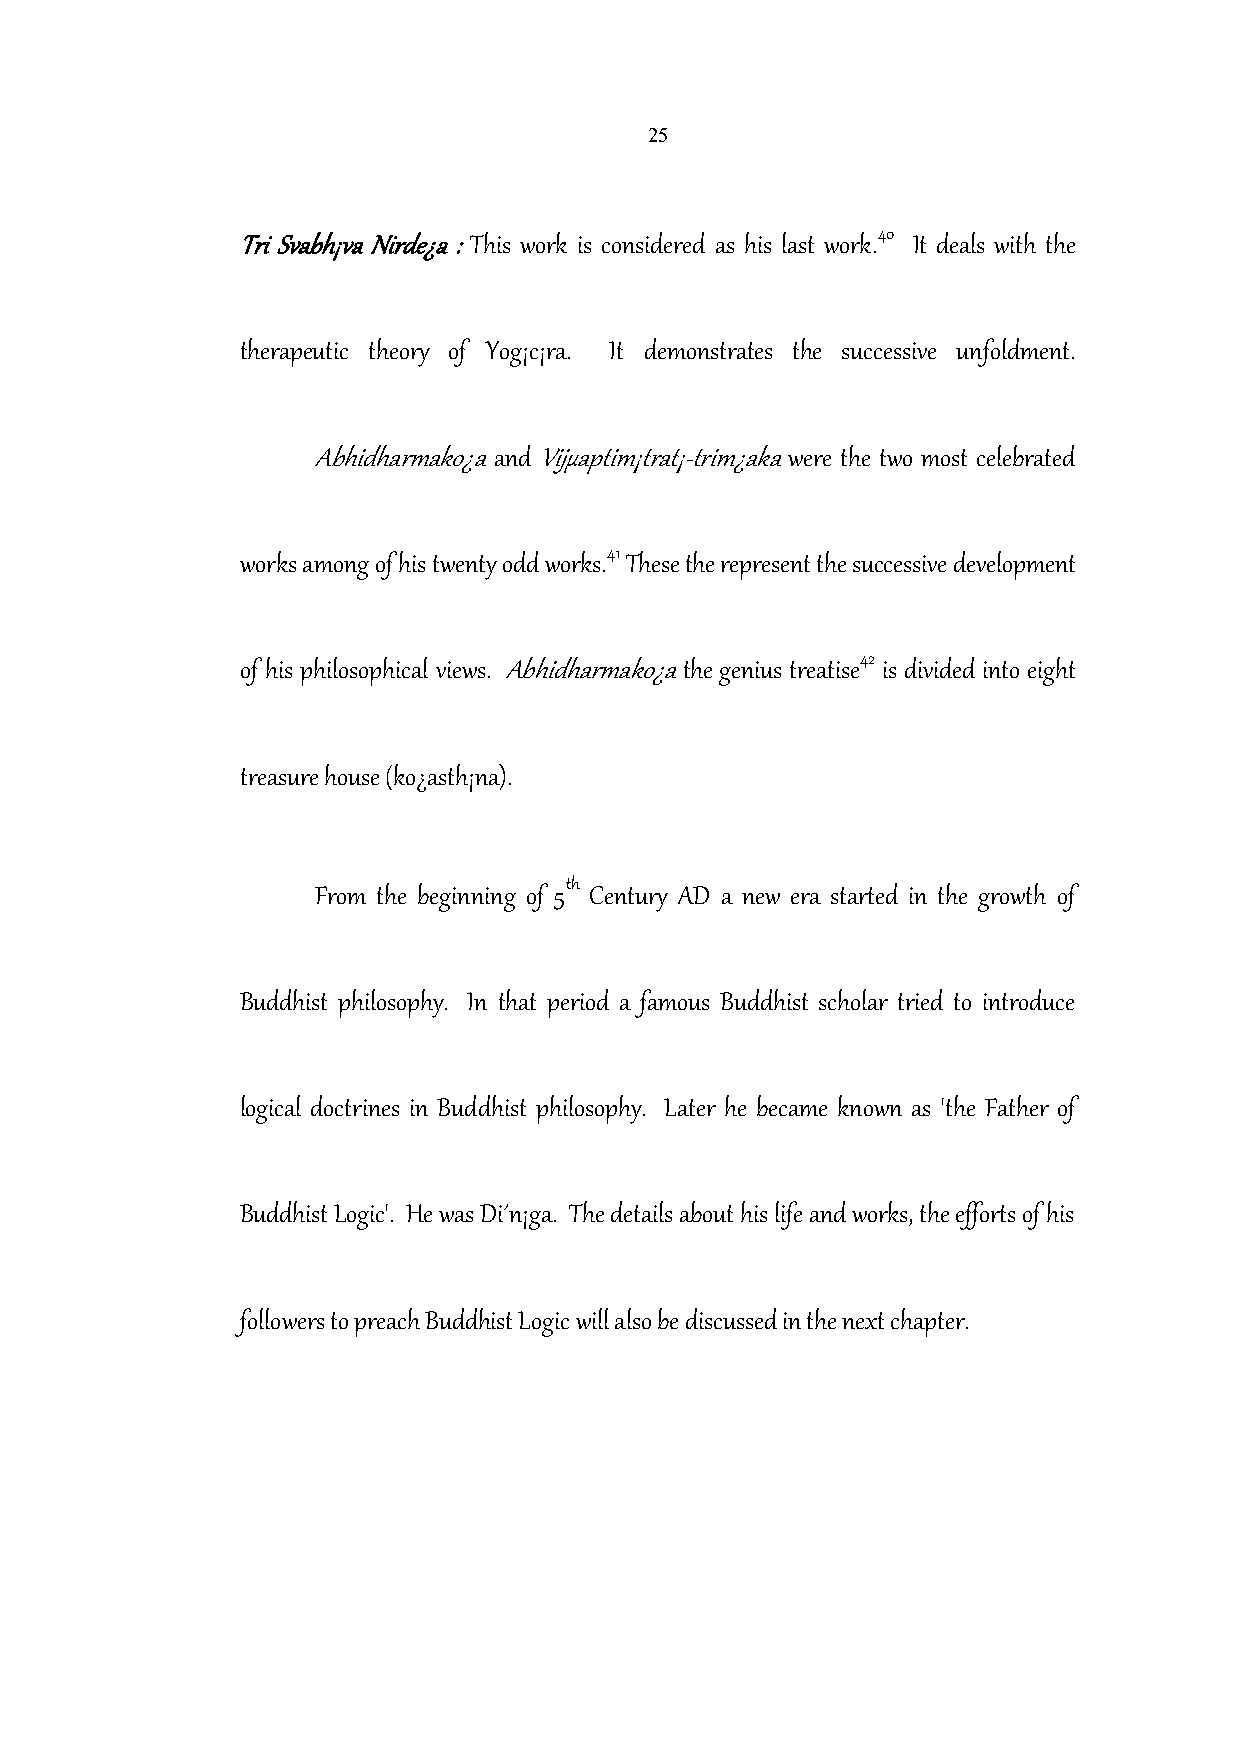
25
 40
 Tri Svabh¡va Nirde¿a :This work is considered as his last work. It deals with the
 therapeutic theory of Yog¡c¡ra. It demonstrates the successive unfoldment.
 Abhidharmako¿aandVijµaptim¡trat¡-trim¿akawere the two most celebrated
 41
 works among of his twenty odd works. These the represent the successive development
 42
 of his philosophical views. Abhidharmako¿athe genius treatise is divided into eight
 treasure house (ko¿asth¡na).
 th
 From the beginning of 5 Century AD a new era started in the growth of
 Buddhist philosophy. In that period a famous Buddhist scholar tried to introduce
 logical doctrines in Buddhist philosophy. Later he became known as 'the Father of
 Buddhist Logic'. He was Di´n¡ga. The details about his life and works, the efforts of his
 followers to preach Buddhist Logic will also be discussed in the next chapter.